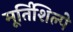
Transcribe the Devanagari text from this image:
मूर्तिशिल्पे